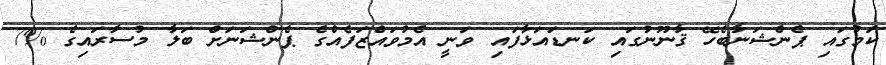
ކަމުގައި ޕެންޝަނާބެހޭ ޤާނޫނުގައި ކަނޑައަޅާފައި ވަނީ އެމުވައްޒަފެއްގެ ޕެންޝަނަށް ބަލާ މުސާރައިގެ %7